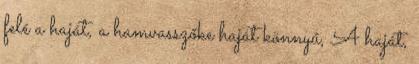
felé a haját, a hamvasszőke haját könnyű, A haját,